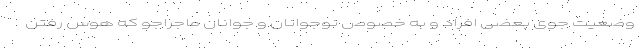
وضعیت جوی بعضی افراد و به خصوص نوجوانان و جوانان ماجراجو که هوس رفتن